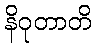
နိဝုတာတိ